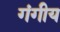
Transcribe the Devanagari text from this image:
गंगीय